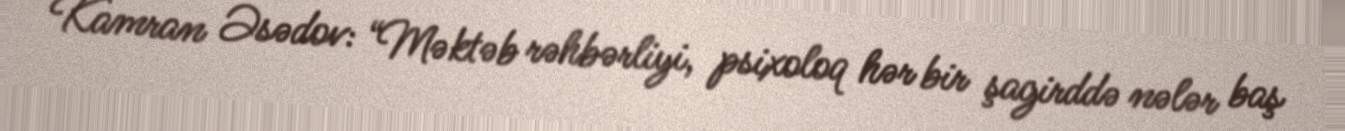
Kamran Əsədov: “Məktəb rəhbərliyi, psixoloq hər bir şagirddə nələr baş